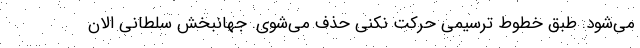
می‌شود. طبق خطوط ترسیمی حرکت نکنی حذف می‌شوی. جهانبخش سلطانی الان